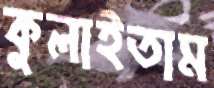
কুলাইতাম